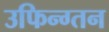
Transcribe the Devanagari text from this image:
उफिन्ग्तन